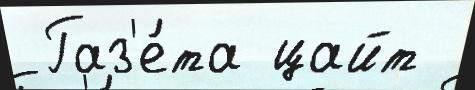
 Газ'е́та цайт